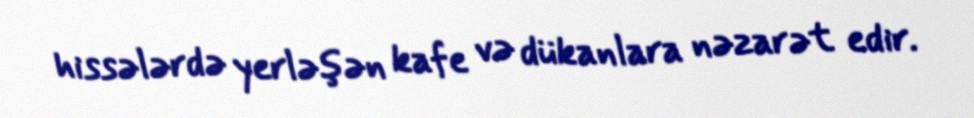
hissələrdə yerləşən kafe və dükanlara nəzarət edir.